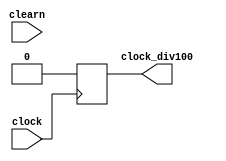
module div100 (
    input wire clock, clearn,
    output reg clock_div100);

    integer aux = 0;

    always @(posedge clearn) begin
        aux = 0;
    end

    always @(posedge clock) begin
        if (aux == 100) begin
           clock_div100 = 1'b1;
           aux = 0; 
        end
        else clock_div100 = 1'b0;
        aux = aux + 1;
    end

endmodule